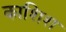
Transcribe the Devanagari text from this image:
काशिश